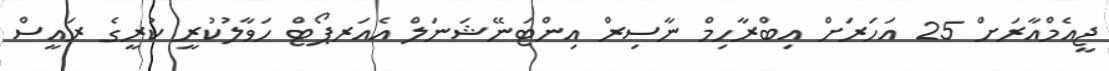
ޖީއެމްއާރަށް 25 އަހަރަށް އިބްރާހިމް ނާސިރް އިންޓަނޭޝަނަލް އެއަރޕޯޓް ހަވާލުކުރީ ކުރީގެ ރައީސް